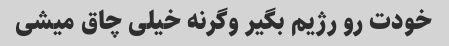
خودت رو رژیم بگیر وگرنه خیلی چاق میشی